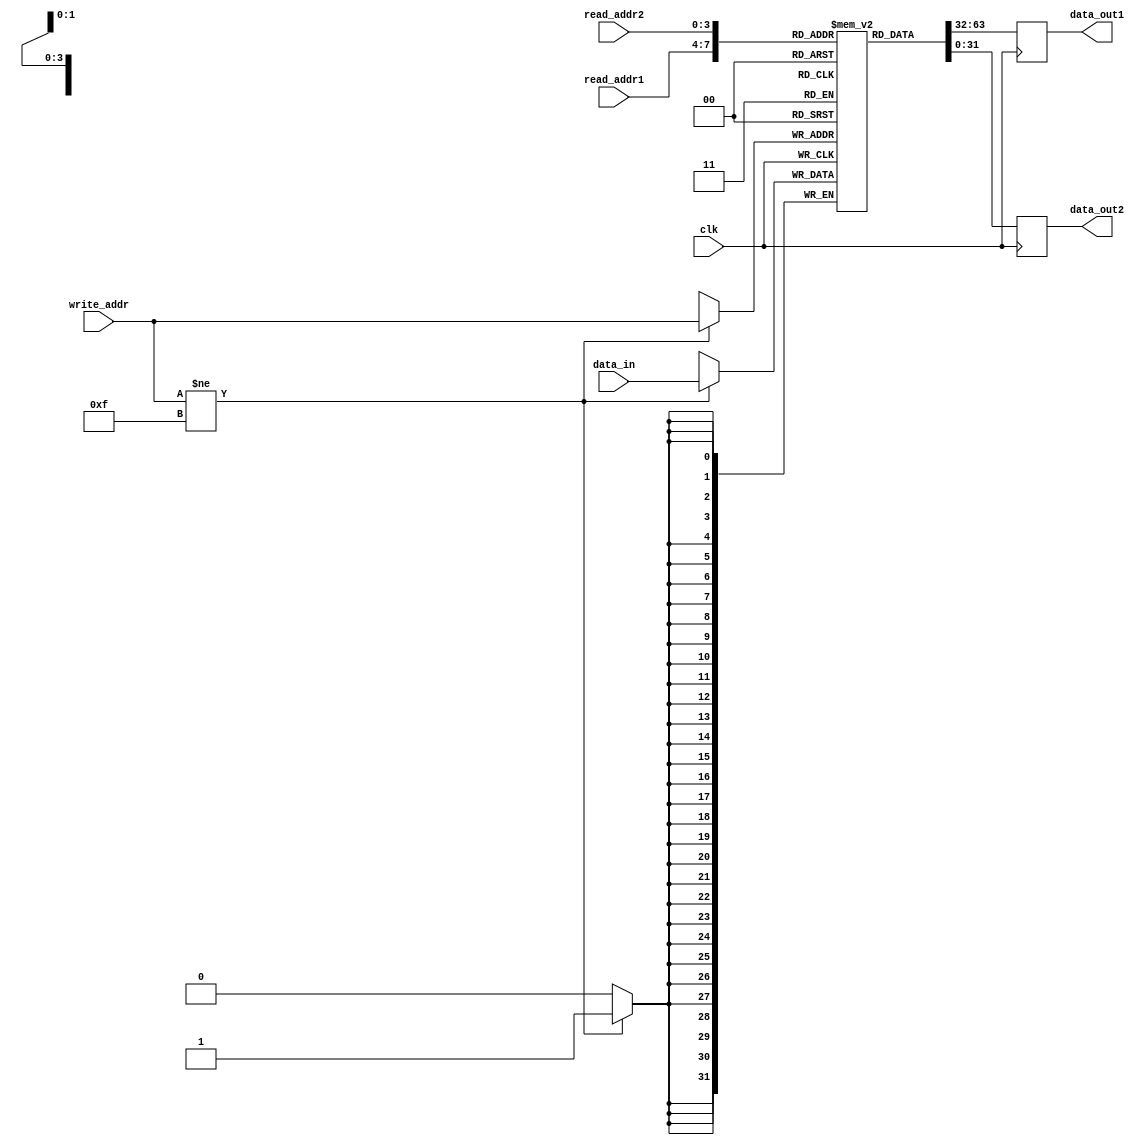
module Register_File(
    input wire clk,
    input wire [3:0] read_addr1, 
    input wire [3:0] read_addr2,
    input wire [3:0] write_addr,
    input wire [31:0] data_in,
    output reg [31:0] data_out1,
    output reg [31:0] data_out2
);

reg [31:0] registers[0:15];

always @ (posedge clk) begin
    if (write_addr != 4'b1111) begin
        registers[write_addr] <= data_in;
    end
    data_out1 <= registers[read_addr1];
    data_out2 <= registers[read_addr2];
end

endmodule